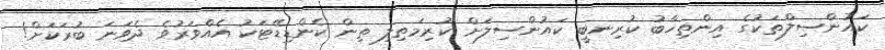
ކައުންސިލްތަކުގެ އިންތިޚާބު ކުރިނބީ ކައުންސިލަށް ކުރިމަތިލި ތިން ކެންޑިޑޭޓަކު އެއްވަރުވެ ދެވަނަ ބުރަކަށް!